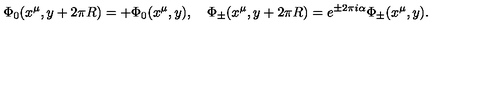
\Phi _ { 0 } ( x ^ { \mu } , y + 2 \pi R ) = + \Phi _ { 0 } ( x ^ { \mu } , y ) , \quad \Phi _ { \pm } ( x ^ { \mu } , y + 2 \pi R ) = e ^ { \pm 2 \pi i \alpha } \Phi _ { \pm } ( x ^ { \mu } , y ) .